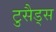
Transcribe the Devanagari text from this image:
टुसैड्स